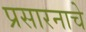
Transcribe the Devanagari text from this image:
प्रसारनाचे